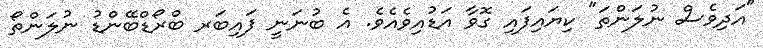
"އަދިވެސް ނުލަންތަ" ކިޔައިފައި ގޮވާ އަޑުއިވެއެވެ. އެ ބުނަނީ ފައިބަރ ބްރޯޑްބޭންޑު ނުލަންތޯ